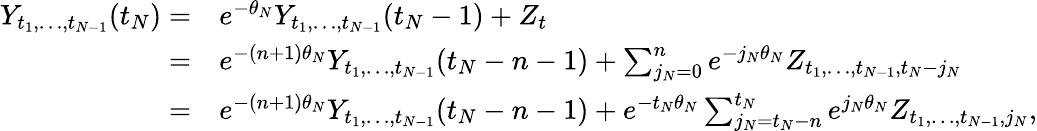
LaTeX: \begin{array}{rl}{Y_{t_{1},\dots,t_{N-1}}(t_{N})=}&{e^{-\theta_{N}}Y_{t_{1},\dots,t_{N-1}}(t_{N}-1)+Z_{t}}\\ {=}&{e^{-(n+1)\theta_{N}}Y_{t_{1},\dots,t_{N-1}}(t_{N}-n-1)+\sum_{j_{N}=0}^{n}e^{-j_{N}\theta_{N}}Z_{t_{1},\dots,t_{N-1},t_{N}-j_{N}}}\\ {=}&{e^{-(n+1)\theta_{N}}Y_{t_{1},\dots,t_{N-1}}(t_{N}-n-1)+e^{-t_{N}\theta_{N}}\sum_{j_{N}=t_{N}-n}^{t_{N}}e^{j_{N}\theta_{N}}Z_{t_{1},\dots,t_{N-1},j_{N}},}\end{array}